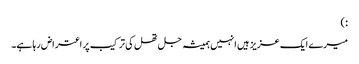
:)
میرے ایک عزیز ہیں انہیں ہمیشہ جل تھل کی ترکیب پر اعتراض رہا ہے۔